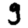
Digit: 9